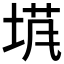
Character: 𡍙